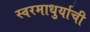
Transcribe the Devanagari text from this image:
स्वरमाधुर्याची